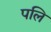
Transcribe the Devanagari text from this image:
पलि